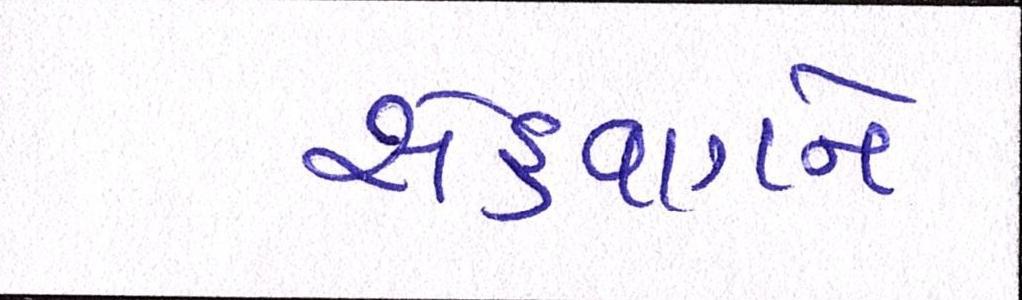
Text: સેહવાગને